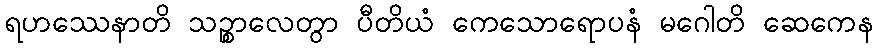
ရဟဿေနာတိ သဉ္စာလေတွာ ပီတိယံ ကေသောရောပနံ မဂေါတိ ဆေကေန